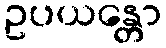
ဥပယန္တော